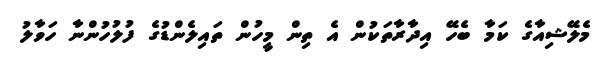
މެލޭޝިއާގެ ކަމާ ބެހޭ އިދާރާތަކުން އެ ތިން މީހުން ތައިލެންޑުގެ ފުލުހުންނާ ހަވާލު